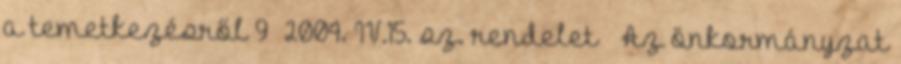
a temetkezésről 9 2004. IV.15. sz. rendelet – Az önkormányzat